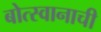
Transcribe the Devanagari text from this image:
बोत्स्वानाची